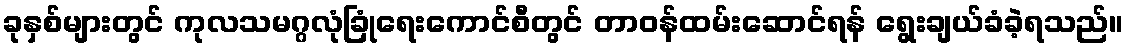
ခုနှစ်များတွင် ကုလသမဂ္ဂလုံခြုံရေးကောင်စီတွင် တာဝန်ထမ်းဆောင်ရန် ရွေးချယ်ခံခဲ့ရသည်။